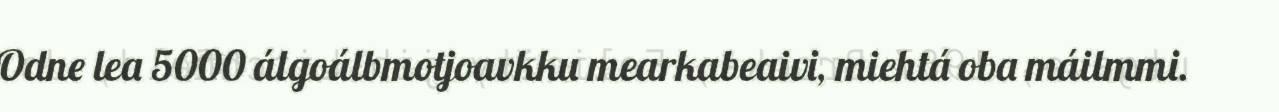
Odne lea 5000 álgoálbmotjoavkku mearkabeaivi, miehtá oba máilmmi.